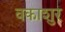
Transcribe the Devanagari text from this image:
वकाशुर